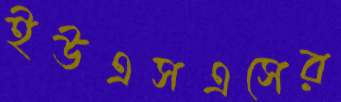
ইউএসএসের